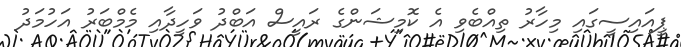
ޕީއައިސީގައި މިހާރު ތިއްބެވި އެ ކޮމިޝަންގެ ރައީސް އަބްދު ވަހީދާއި މެމްބަރު އަހުމަދު